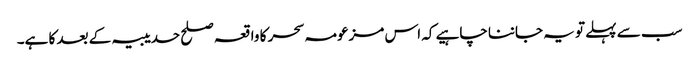
سب سے پہلے تو یہ جاننا چاہیے کہ اس مزعومہ سحر کا واقعہ صلح حدیبیہ کے بعد کا ہے۔